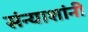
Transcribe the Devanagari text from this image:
संन्याशांनी